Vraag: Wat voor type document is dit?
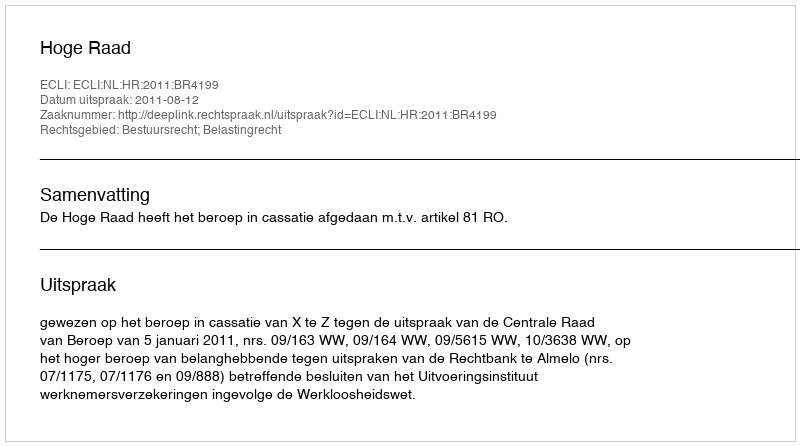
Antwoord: Uitspraak